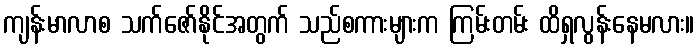
ကျန်းမာလာစ သက်ဇော်နိုင်အတွက် သည်စကားများက ကြမ်းတမ်း ထိရှလွန်းနေမလား။